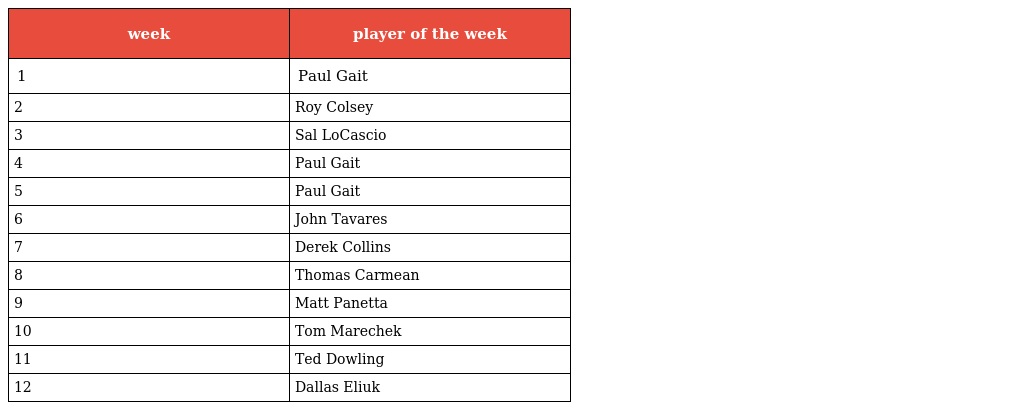
| week | player of the week |
 | --- | --- |
 | 1 | Paul Gait |
 | 2 | Roy Colsey |
 | 3 | Sal LoCascio |
 | 4 | Paul Gait |
 | 5 | Paul Gait |
 | 6 | John Tavares |
 | 7 | Derek Collins |
 | 8 | Thomas Carmean |
 | 9 | Matt Panetta |
 | 10 | Tom Marechek |
 | 11 | Ted Dowling |
 | 12 | Dallas Eliuk |